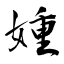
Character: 媑